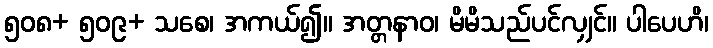
၅၀၈+ ၅၀၉+ သစေ၊ အကယ်၍။ အတ္တနာဝ၊ မိမိသည်ပင်လျှင်။ ပါပေဟိ၊